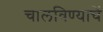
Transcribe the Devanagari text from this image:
चालविण्याचें